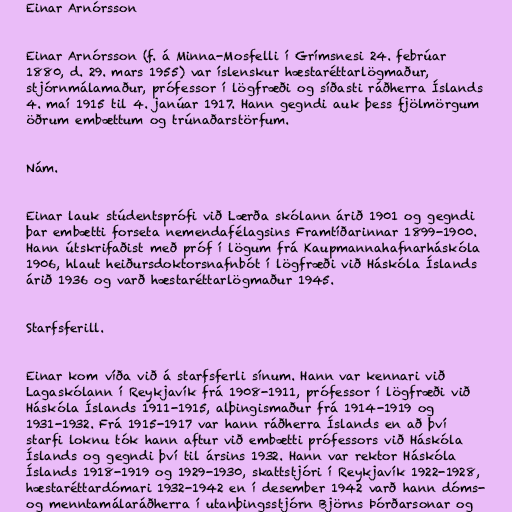
Einar Arnórsson

Einar Arnórsson (f. á Minna-Mosfelli í Grímsnesi 24. febrúar
1880, d. 29. mars 1955) var íslenskur hæstaréttarlögmaður,
stjórnmálamaður, prófessor í lögfræði og síðasti ráðherra Íslands
4. maí 1915 til 4. janúar 1917. Hann gegndi auk þess fjölmörgum
öðrum embættum og trúnaðarstörfum.

Nám.

Einar lauk stúdentsprófi við Lærða skólann árið 1901 og gegndi
þar embætti forseta nemendafélagsins Framtíðarinnar 1899-1900.
Hann útskrifaðist með próf í lögum frá Kaupmannahafnarháskóla
1906, hlaut heiðursdoktorsnafnbót í lögfræði við Háskóla Íslands
árið 1936 og varð hæstaréttarlögmaður 1945.

Starfsferill.

Einar kom víða við á starfsferli sínum. Hann var kennari við
Lagaskólann í Reykjavík frá 1908-1911, prófessor í lögfræði við
Háskóla Íslands 1911-1915, alþingismaður frá 1914-1919 og
1931-1932. Frá 1915-1917 var hann ráðherra Íslands en að því
starfi loknu tók hann aftur við embætti prófessors við Háskóla
Íslands og gegndi því til ársins 1932. Hann var rektor Háskóla
Íslands 1918-1919 og 1929-1930, skattstjóri í Reykjavík 1922-1928,
hæstaréttardómari 1932-1942 en í desember 1942 varð hann dóms-
og menntamálaráðherra í utanþingsstjórn Björns Þórðarsonar og